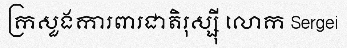
ក្រសួងការពារជាតិរុស្ស៊ី លោក Sergei